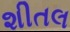
શીતલ